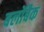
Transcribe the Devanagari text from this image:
बलोंबैक